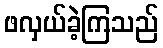
ဖလှယ်ခဲ့ကြသည်